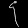
Digit: ၄